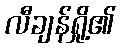
လီချန်ရှို့၏